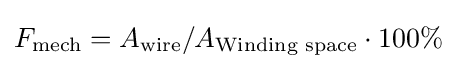
F_{\text{mech}}=A_{\text{wire}}/A_{\text{Winding space}}\cdot 100\%